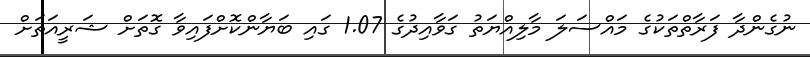
ނުގެންދާ ފަރާތްތަކުގެ މައްސަލަ މާލިއްޔަތު ގަވާއިދުގެ 1.07 ގައި ބަޔާންކޮށްފައިވާ ގޮތަށް ޝަރީއަތަށް